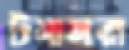
টমাসরা